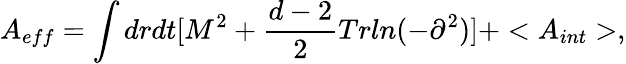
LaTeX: A_{eff}=\int drdt[M^{2}+\frac{d-2}{2}Trln(-\partial^{2})]+<A_{int}>,